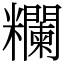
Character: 𥽭